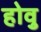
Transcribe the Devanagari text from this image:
होवु